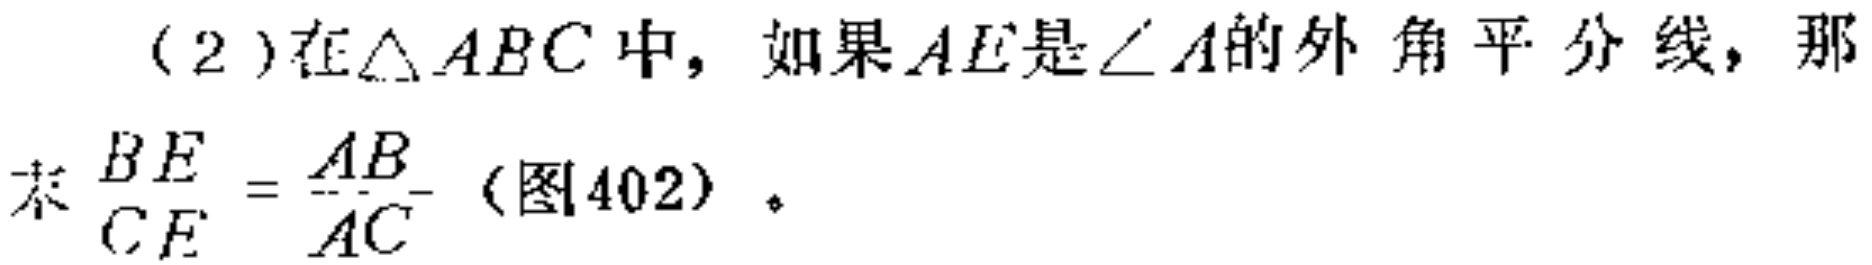
(2)在$\triangle ABC$中，如果$AE$是$\angle A$的外角平分线，那
求$\frac{BE}{CE}=\frac{AB}{AC}$（图402）。